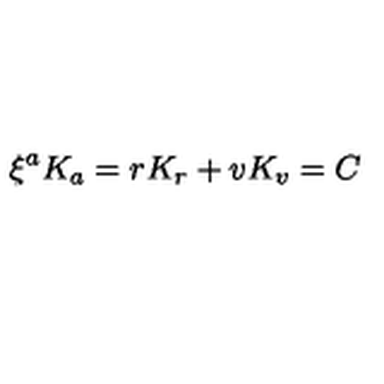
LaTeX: \xi ^ { a } K _ { a } = r K _ { r } + v K _ { v } = C